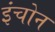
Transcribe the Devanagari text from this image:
इंचोन